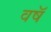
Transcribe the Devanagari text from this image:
वषॅ